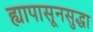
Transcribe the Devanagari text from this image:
ह्यापासूनसुद्धा